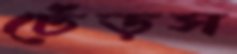
ঢেঁড়স